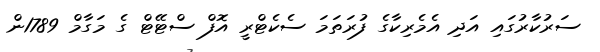
ސަރުކާރުގައި އަދި އެމެރިކާގެ ފުރަތަމަ ސެކެޓްރީ އޮފް ސްޓޭޓް ގެ މަގާމް 1789ން